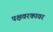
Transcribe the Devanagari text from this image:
पक्षवरकावर